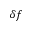
\delta f